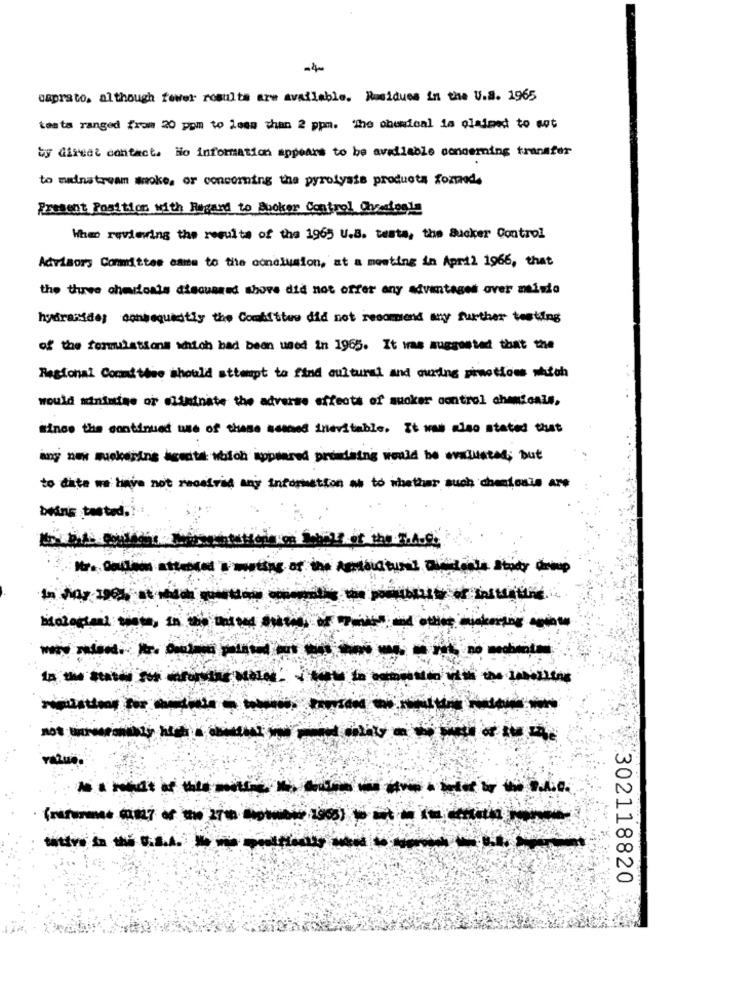
-4
caprato, although fewer results are available. Residues in the U.S. 1965
testa ranged from 20 pom to less than 2 ppm. The chemical la claimed to set
by direct contact. No information appears to be available concerning transfer
to mainstream smoke, or concoming the pyrolysis producta foztaede
Present Position with Regard to Booker Control Onsesiogle
When reviewing the results of the 1965 U.B. testa, the Sucker Control
Advisory Committee came to the conclusion, at a meeting in April 1966, that
the thrwe cherioats discussed shove did not offer any advantages over misto
hydrazide; consequently the Committee did not recommend any further testing
of the formulations which bad been used in 1965. It was suggested that the
Regional Conmi tose should attempt to find cultural and ourding pinetioes sich
would minimise or eliminate the adverse effects of suoker control chemicals,
since the continued use of these acsend inevitable. It was also stated that
any now muckering heute which appeared proudsing would be evaluated; but
to date we have not received any information as to whether such chemiosie are
being tested.i
t the 7.4.
-------------
------------
------------------
value.
---------------
302118820